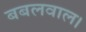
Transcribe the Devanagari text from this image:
बबलवाल।